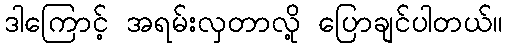
ဒါကြောင့် အရမ်းလှတာလို့ ပြောချင်ပါတယ်။